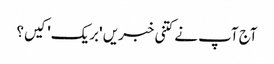
آج آپ نے کتنی خبریں 'بریک' کیں؟